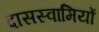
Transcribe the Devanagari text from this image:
दासस्वामियों